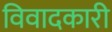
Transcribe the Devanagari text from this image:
विवादकारी